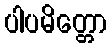
ပါပမိတ္တော